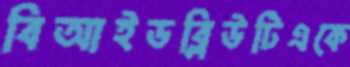
বিআইডব্লিউটিএকে